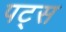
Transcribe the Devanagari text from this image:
पट्स